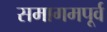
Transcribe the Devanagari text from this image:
समागमपूर्व